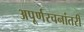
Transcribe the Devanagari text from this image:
अपूर्णरचनांतरी